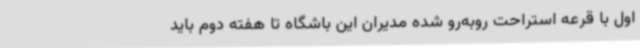
اول با قرعه استراحت روبه‌رو شده مدیران این باشگاه تا هفته دوم باید